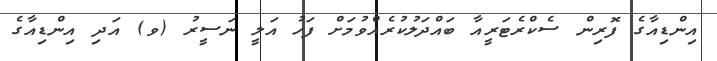
އިންޑިއާގެ ފޮރިން ސެކްރެޓަރީއާ ބައްދަލުކުރެއްވުމަށް ފަހު އަލީ ނަސީރު (ވ) އަދި އިންޑިއާގެ